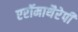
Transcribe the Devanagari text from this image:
एरॉमाथैरेपी